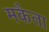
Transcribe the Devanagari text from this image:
मकैता